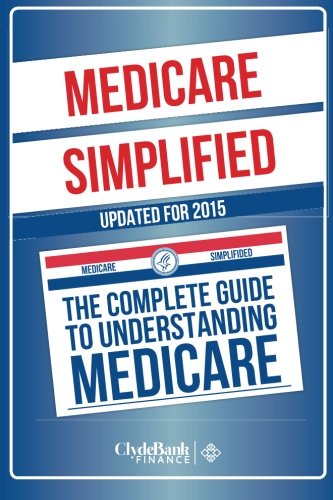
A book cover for Medicare: Simplified - The Complete Guide To Understanding Medicare; ClydeBank Finance; Business & Money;